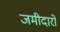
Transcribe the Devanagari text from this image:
जमीदारो